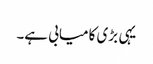
یہی بڑی کامیابی ہے۔